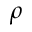
\rho